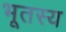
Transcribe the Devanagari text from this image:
भूतस्य